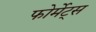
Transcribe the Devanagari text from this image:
फोर्मेट्स